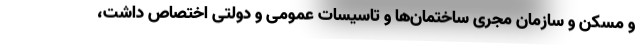
و مسکن و سازمان مجری ساختمان‌ها و تاسیسات عمومی و دولتی اختصاص داشت،